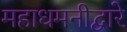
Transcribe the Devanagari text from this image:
महाधमनीद्वारे